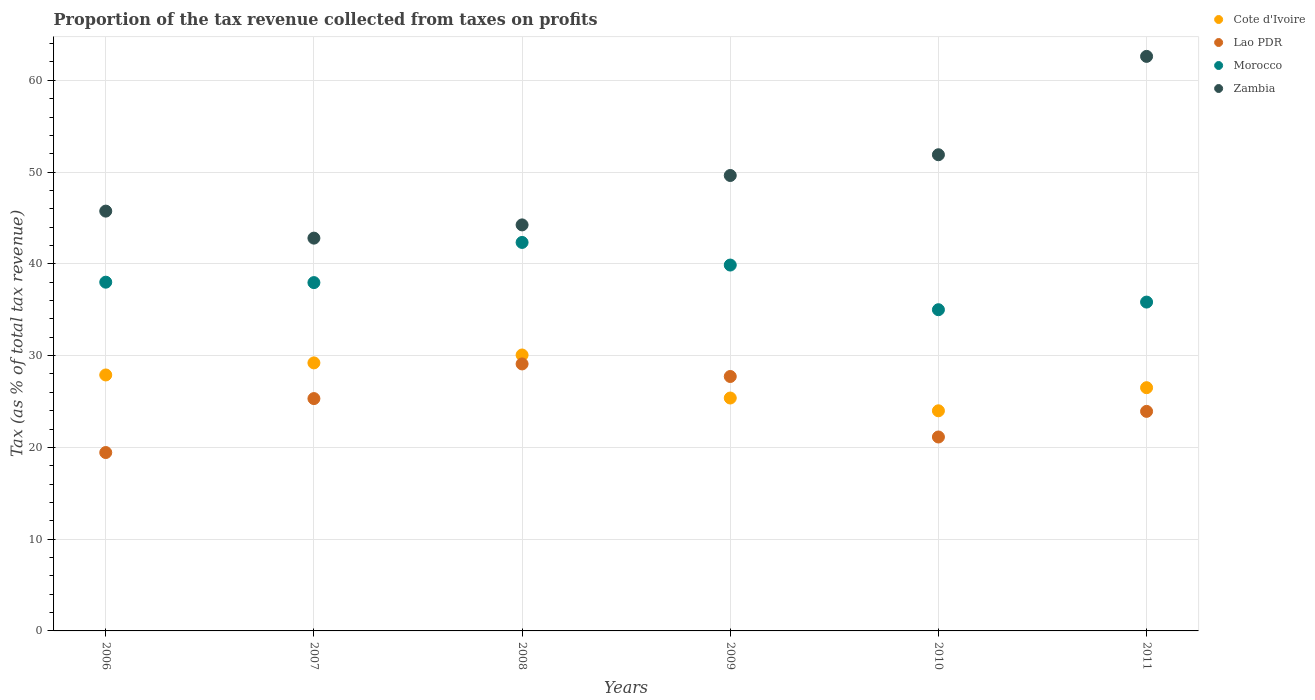
| Years | Cote d'Ivoire | Lao PDR | Morocco | Zambia |
 | --- | --- | --- | --- | --- |
 | 2006 | 27.9 | 19.4 | 38 | 45.7 |
 | 2007 | 29.2 | 25.3 | 38 | 42.8 |
 | 2008 | 30.1 | 29.1 | 42.3 | 44.2 |
 | 2009 | 25.4 | 27.7 | 39.9 | 49.6 |
 | 2010 | 24 | 21.1 | 35 | 51.9 |
 | 2011 | 26.5 | 23.9 | 35.8 | 62.6 |